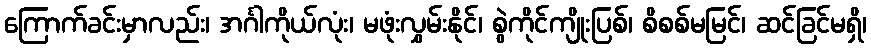
ကြောက်ခင်းမှာလည်း၊ အင်္ဂါကိုယ်လုံး၊ မဖုံးလွှမ်းနိုင်၊ စွဲကိုင်ကျိုးပြစ်၊ စိစစ်မမြင်၊ ဆင်ခြင်မရှိ၊